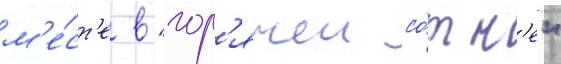
м'е́ст'е в "гор'ячеи со́тн'е"